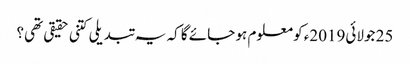
25 جولائی2019ء کو معلوم ہو جائے گا کہ یہ تبدیلی کتنی حقیقی تھی؟